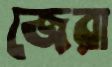
জেরা